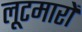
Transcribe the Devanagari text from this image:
लूटमारों